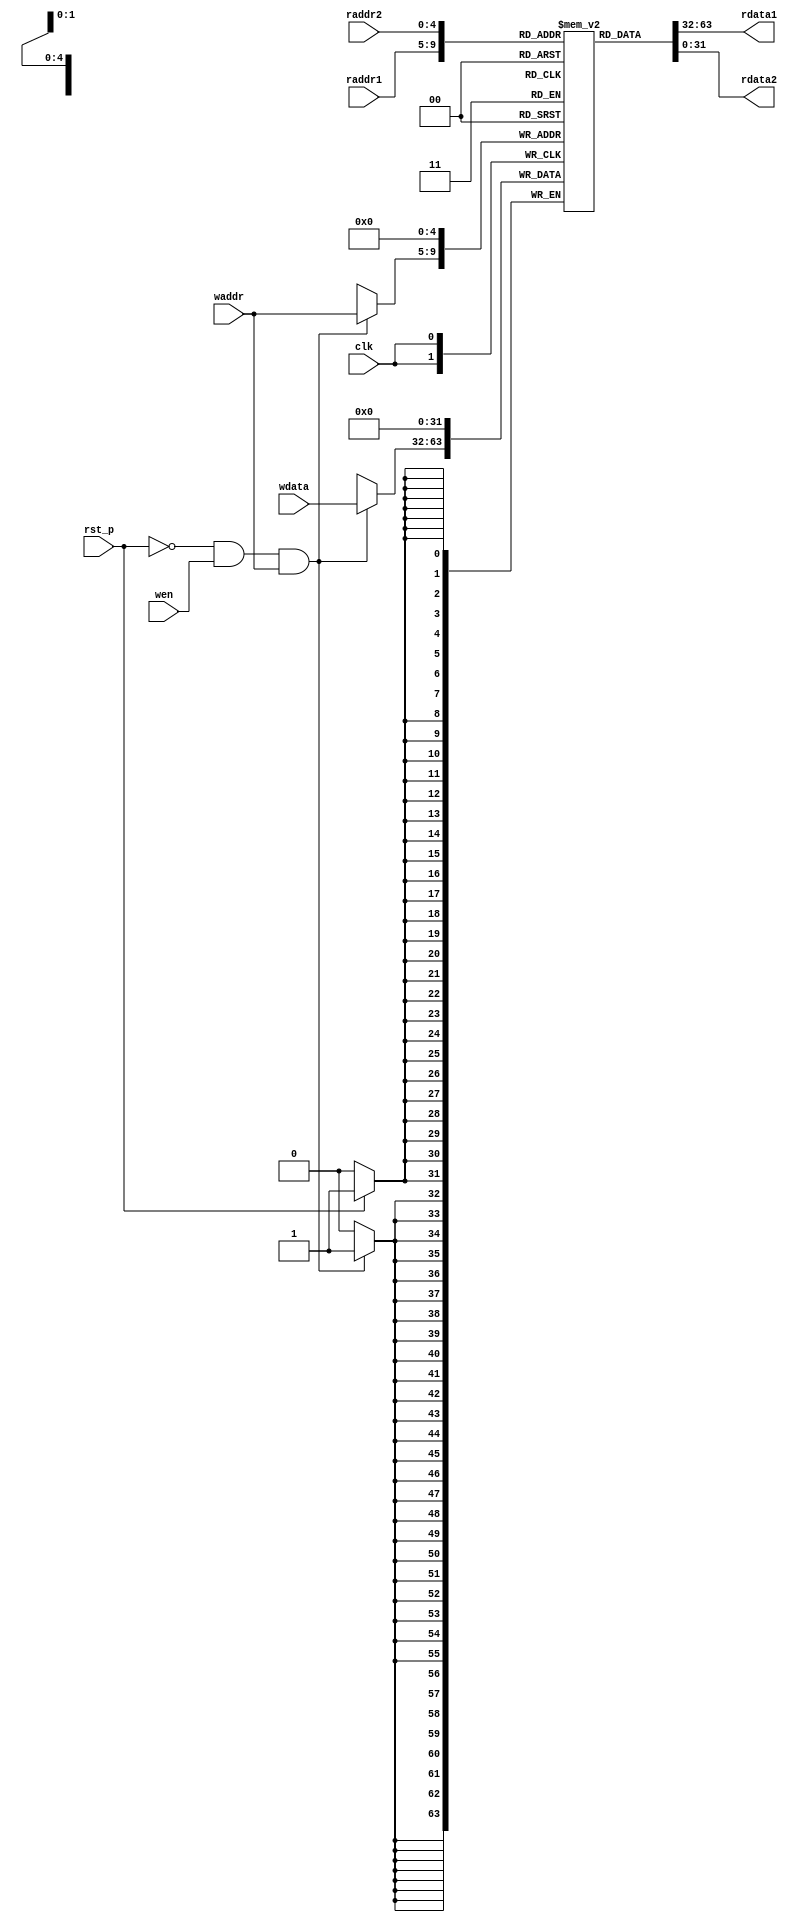
module rf #
(
    parameter DATA_WIDTH = 32,
    parameter ADDR_WIDTH = 5,
    parameter NUM_REG    = 32
)
(
    input  clk,
    input  rst_p,
    input  [ADDR_WIDTH - 1 : 0] raddr1,
    input  [ADDR_WIDTH - 1 : 0] raddr2,
    output [DATA_WIDTH - 1 : 0] rdata1,
    output [DATA_WIDTH - 1 : 0] rdata2,
    input  wen,
    input  [ADDR_WIDTH - 1 : 0] waddr,
    input  [DATA_WIDTH - 1 : 0] wdata
);

reg [DATA_WIDTH - 1 : 0] data [NUM_REG - 1 : 0];

assign rdata1 = data[raddr1];
assign rdata2 = data[raddr2];

always @(posedge clk)
begin
    if(rst_p)
        data[0] <= 0;
    else ;

    if( (!rst_p && wen) && waddr )
        data[waddr] <= wdata;
    else ;
end

endmodule